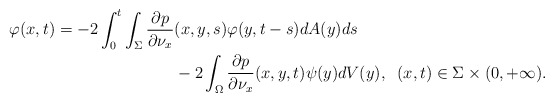
\begin{align*}\varphi (x,t)=-2\int_0^t\int_\Sigma \frac{\partial p}{\partial \nu _x}&(x,y,s)\varphi (y,t-s)dA(y)ds\\&-2\int_\Omega \frac{\partial p}{\partial \nu _x}(x,y,t)\psi (y)dV(y),\;\; (x,t)\in \Sigma \times (0,+\infty ).\end{align*}